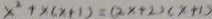
x ^ { 2 } + x ( x + 1 ) = ( 2 x + 2 ) ( x + 1 )